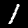
Label: 1